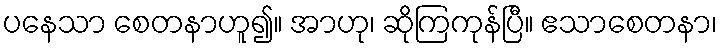
ပနေသာ စေတနာဟူ၍။ အာဟု၊ ဆိုကြကုန်ပြီ။ ဧသာစေတနာ၊